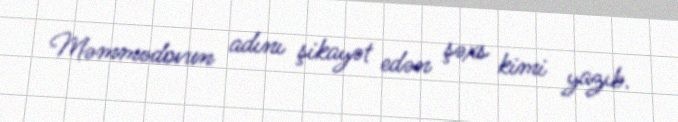
Məmmədovun adını şikayət edən şəxs kimi yazıb.